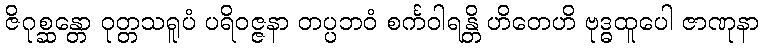
ဇိဂုစ္ဆန္တော ဝုတ္တသရူပံ ပရိဝဇ္ဇနာ တပ္ပဘဝံ စင်္ကဝါရန္တိ ဟိတေဟိ ဗုဒ္ဓထူပေါ ဇာဏုနာ